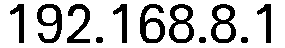
192.168.8.1